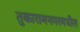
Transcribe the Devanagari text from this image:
तुकारामनगरमधील